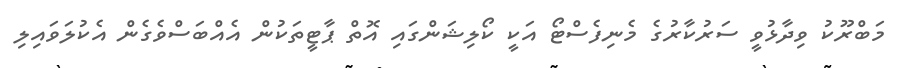
މަބްރޫކު ވިދާޅުވީ ސަރުކާރުގެ މެނިފެސްޓޯ އަކީ ކޯލިޝަންގައި އޮތް ޕާޓީތަކުން އެއްބަސްވެގެން އެކުލަވައިލި